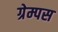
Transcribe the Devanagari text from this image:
ग्रेम्पस